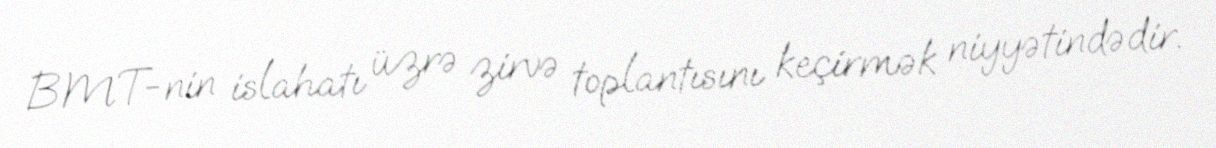
BMT-nin islahatı üzrə zirvə toplantısını keçirmək niyyətindədir.